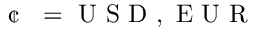
\mathrm { ~ \textit ~ { ~ \textcent ~ } ~ } = \mathrm { ~ U ~ S ~ D ~ , ~ E ~ U ~ R ~ }